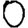
Digit: 0